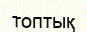
топтық